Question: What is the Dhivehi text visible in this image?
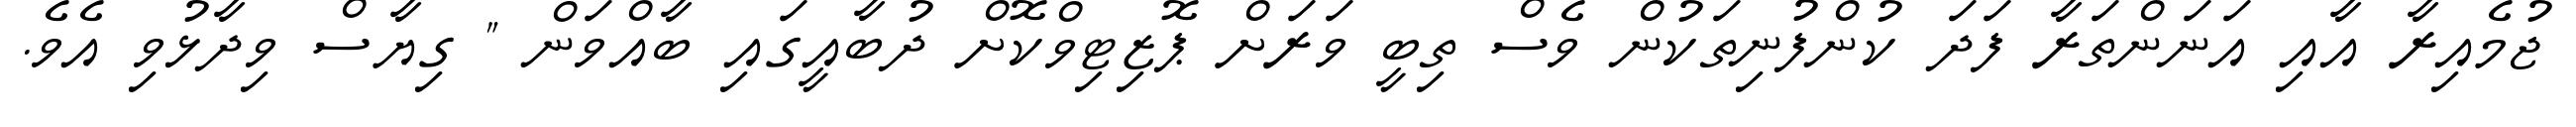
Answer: ޖުމެއިރާ އާއި އަނަންތަރާ ފަދަ ކުންފުނިތަކުން ވެސް ތިބީ ވަރަށް ޕޮޒިޓިވްކޮށް ދުބާއީގައި ބާއްވަން " ގިޔާސް ވިދާޅުވި އެވެ.